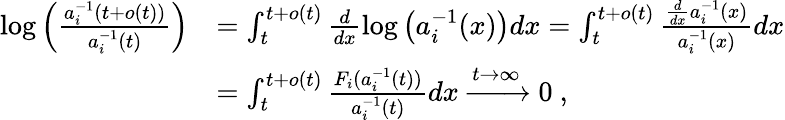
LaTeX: \begin{array}{rl}{\log\left(\frac{a_{i}^{-1}(t+o(t))}{a_{i}^{-1}(t)}\right)}&{=\int_{t}^{t+o(t)}\frac{d}{dx}\log\left(a_{i}^{-1}(x)\right)dx=\int_{t}^{t+o(t)}\frac{\frac{d}{dx}a_{i}^{-1}(x)}{a_{i}^{-1}(x)}dx}\\ &{=\int_{t}^{t+o(t)}\frac{F_{i}(a_{i}^{-1}(t))}{a_{i}^{-1}(t)}dx\xrightarrow{t\to\infty}0\ ,}\end{array}